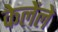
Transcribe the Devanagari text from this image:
केलेंले